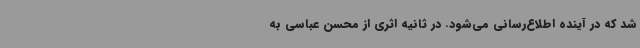
شد که در آینده اطلاع‌رسانی می‌شود. در ثانیه اثری از محسن عباسی به